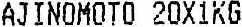
AJINOMOTO 20X1KG